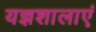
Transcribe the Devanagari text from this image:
यज्ञशालाएं